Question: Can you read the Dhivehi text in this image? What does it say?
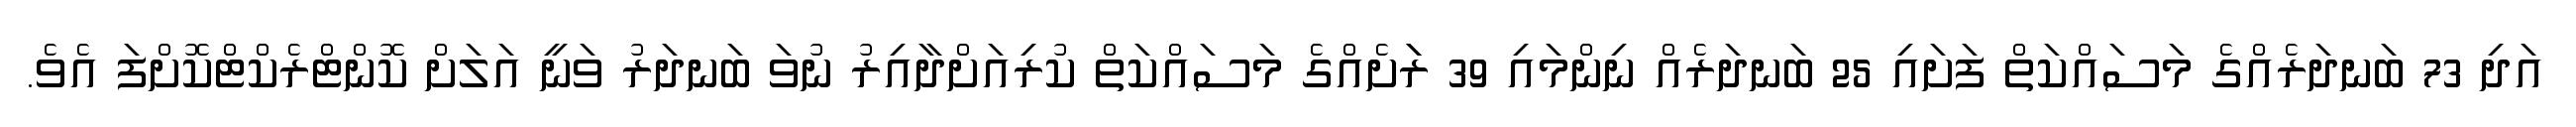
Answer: އަދި 73 ބަނދަރެއްގެ މަސައްކަތް ފަށައި 25 ބަނދަރެއް ނިންމައި 39 ރަަށެއްގެ މަސައްކަތް ކުރިއަށްދާއިރު ނުވަ ބަނދަރު ވަނީ އަލަށް ކޮންޓްރެކްޓްކޮށްފަ އެވެ.